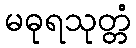
မဓုရသုတ္တံ